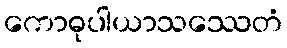
ကောဓုပါယာသဿေတံ